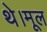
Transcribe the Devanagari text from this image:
थे।मूल